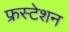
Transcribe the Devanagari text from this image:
फ्रस्टेशन